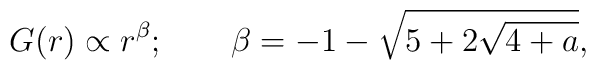
G(r)\propto r^\beta ;\qquad \beta =-1-\sqrt{5+2\sqrt{4+a}},